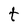
Character: t